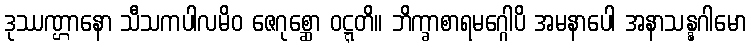
ဒုဿဏ္ဌာနော သီသကပါလမိဝ ဇေဂုစ္ဆော ဝဋ္ဋတိ။ ဘိက္ခာစာရမဂ္ဂေါပိ အမနာပေါ အနာသန္နဂါမော